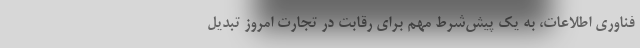
فناوری اطلاعات، به یک پیش‌شرط مهم برای رقابت در تجارت امروز تبدیل